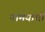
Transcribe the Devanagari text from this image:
नामयाची